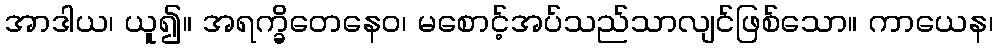
အာဒါယ၊ ယူ၍။ အရက္ခိတေနေဝ၊ မစောင့်အပ်သည်သာလျင်ဖြစ်သော။ ကာယေန၊